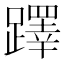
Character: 𨆅